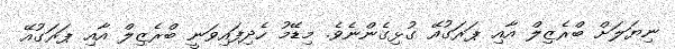
ނިޔަލަށް ބްރެޒިލް އާއި ޕަރަގުއޭ ގުޅިގެންނެވެ. މިޑޭމު ހެދިފައިވަނީ ބްރެޒިލް އާއި ޕަރަގުއޭ